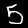
Digit: 5